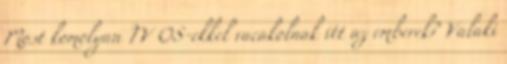
Most komolyan TV OS-ekkel vacakolnak itt az emberek? Valaki